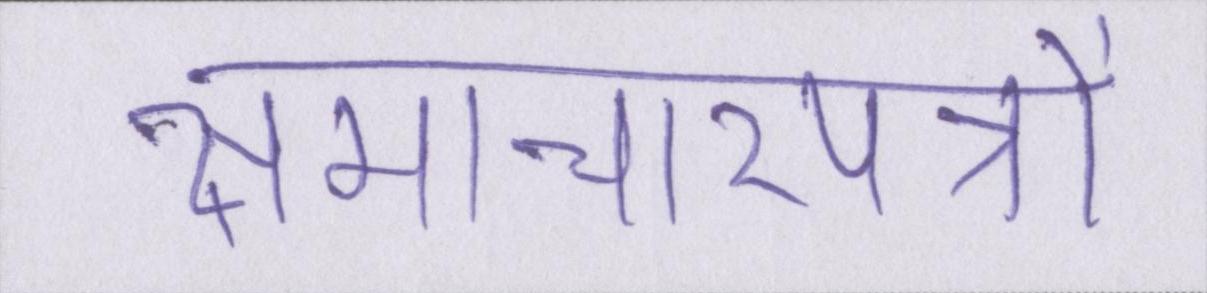
समाचारपत्रों